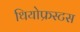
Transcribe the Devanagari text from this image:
थियोफ्रस्टस